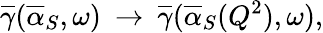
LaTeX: \overline{{{\gamma}}}(\overline{{{\alpha}}}_{S},\omega)\: \rightarrow\: \overline{{{\gamma}}}(\overline{{{\alpha}}}_{S}(Q^{2}),\omega),